Vaccination in the Punjab 1883-1896 - 1883-1896
Year: 1883
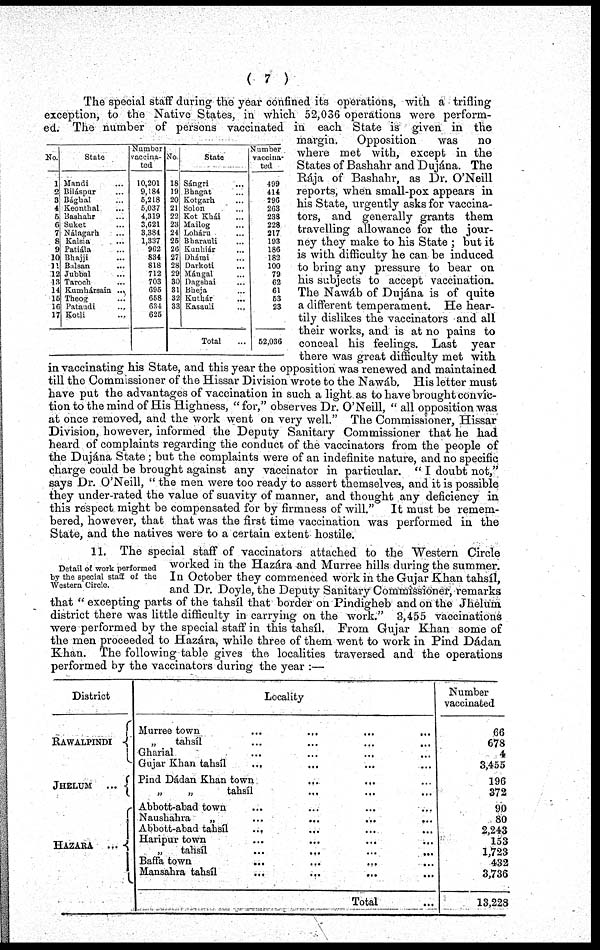
( 7 )
No.
1
2
3
4
5
6
7
8
9
10
11
12
13
14
15
16
17
State
Mandi ...
Biláspur ...
Bághal ...
Keonthal ...
Bashahr ...
Suket
Nálagarh ...
Kalsia ...
Patiála ...
Bhajji ...
Balsan ...
Jubbal ...
Taroch ...
Kumhársain ...
Theog ...
Pataudi
...
Kotli
Number
vaccina-
ted
10,201
9,184
5,218
5,037
4,319
3,621
3,384
1,337
962
834
818
712
703
695
658
634
625
No.
18
19
20
21
22
23
24
25
26
27
28
29
30
31
32
33
State
Sángri ...
Bhagat ...
Kotgarh ...
Solon ...
Kot Khái ...
Mailog ...
Loháru ...
Bharauli ...
Kunhiár ...
Dhámi ...
Darkoti ...
Mángal ...
Dagshai ...
Bheja
Kuthár
Kasauli
...
Total
Number
vaccina-
ted
499
414
296
263
233
228
217
193
186
182
100
79
62
61
53
23
52,036
The special staff during the year confined its operations, with a trifling
exception, to the Native States, in which 52,036 operations were perform-
ed. The number of persons vaccinated in each State is given in the
margin.
Opposition
was
no
where met with, except in the
States of Bashahr and Dujána. The
Rája of Bashahr, as Dr. O'Neill
reports, when small-pox appears in
his State, urgently asks for vaccina-
tors, and generally grants them
travelling allowance for the jour-
ney they make to his State ; but it
is with difficulty he can be induced
to bring any pressure to bear on
his subjects to accept vaccination.
The Nawáb of Dujána is of quite
a different temperament. He hear-
tily dislikes the vaccinators and all
their works, and is at no pains to
conceal his feelings. Last year
there was great difficulty met with
in vaccinating his State, and this year the opposition was renewed and maintained
till the Commissioner of the Hissar Division wrote to the Nawáb, His letter must
have put the advantages of vaccination in such a light as to have brought convic-
tion to the mind of His Highness, "for," observes Dr. O'Neill, " all opposition was
at once removed, and the work went on very well." The Commissioner, Hissar
Division, however, informed the Deputy Sanitary Commissioner that he had
heard of complaints regarding the conduct of the vaccinators from the people of
the Dujána State; but the complaints were of an indefinite nature, and no specific
charge could be brought against any vaccinator in particular. " I doubt not,"
says Dr. O'Neill, " the men were too ready to assert themselves, and it is possible
they under-rated the value of suavity of manner, and thought any deficiency in
this respect might be compensated for by firmness of will." It must be remem-
bered, however, that that was the first time vaccination was performed in the
State, and the natives were to a certain extent hostile.
Detail of work performed
by the special staff of the
Western Circle.
11. The special staff of vaccinators attached to the Western Circle
worked in the Hazára and Murree hills during the summer.
In October they commenced work in the Gujar Khan tahsíl,
and Dr. Doyle, the Deputy Sanitary Commissioner, remarks
that " excepting parts of the tahsíl that border on Pindigheb and on the Jhelum.
district there was little difficulty in carrying on the work." 3,455 vaccinations
were performed by the special staff in this tahsíl. From Gujar Khan some of
the men proceeded to Hazára, while three of them went to work in Pind Dádan
Khan. The following table gives the localities traversed and the operations
performed by the vaccinators during the year :—
District
RAWALPINDI
JHELUM ...
HAZARA ...
Locality
Murree town
...
... ... ...
„
tahsíl ... ... ... ...
Gharial
...
...
... ...
Gujar Khan tahsíl
... ... ... ...
Pind Dádan Khan town
...
... ...
„
„
tahsíl
...
... ...
Abbott-abad town ... ... ... ...
Naushahra
„ ... ... ... ...
Abbott-abad tahsíl
... ... ... ...
Haripur town ... ... ... ...
„
tahsíl
...
...
...
...
Baffa town
...
...
...
...
Mansahra tahsíl
...
.. ... ...
Total ...
Number
vaccinated
66
678
4
3,455
196
372
90
80
2,243
153
1,723
432
3,736
13,228